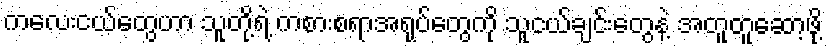
ကလေးငယ်တွေဟာ သူတို့ရဲ့ ကစားစရာအရုပ်တွေကို သူငယ်ချင်းတွေနဲ့ အတူတူဆော့ဖို့